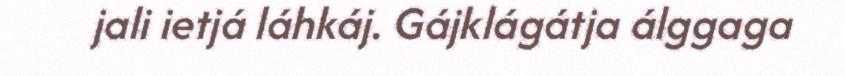
jali ietjá láhkáj. Gájklágátja álggaga